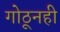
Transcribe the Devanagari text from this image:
गोठूनही